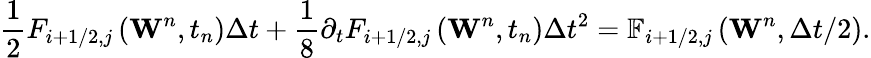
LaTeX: \frac{1}{2}{{F}_{i+1/2,j}}\left({{\mathbf{W}}^{n}},{{t}_{n}}\right)\Delta t+\frac{1}{8}{{\partial}_{t}}{{F}_{i+1/2,j}}\left({{\mathbf{W}}^{n}},{{t}_{n}}\right)\Delta{{t}^{2}}={{\mathbb{F}}_{i+1/2,j}}\left({{\mathbf{W}}^{n}},\Delta t/2\right).